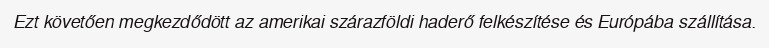
Ezt követően megkezdődött az amerikai szárazföldi haderő felkészítése és Európába szállítása.